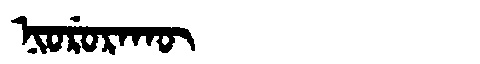
Manchu: ᠨᡳᠣᡵᡠᡵᠠᡴᡡ
Romanization: NIORURAKŪ